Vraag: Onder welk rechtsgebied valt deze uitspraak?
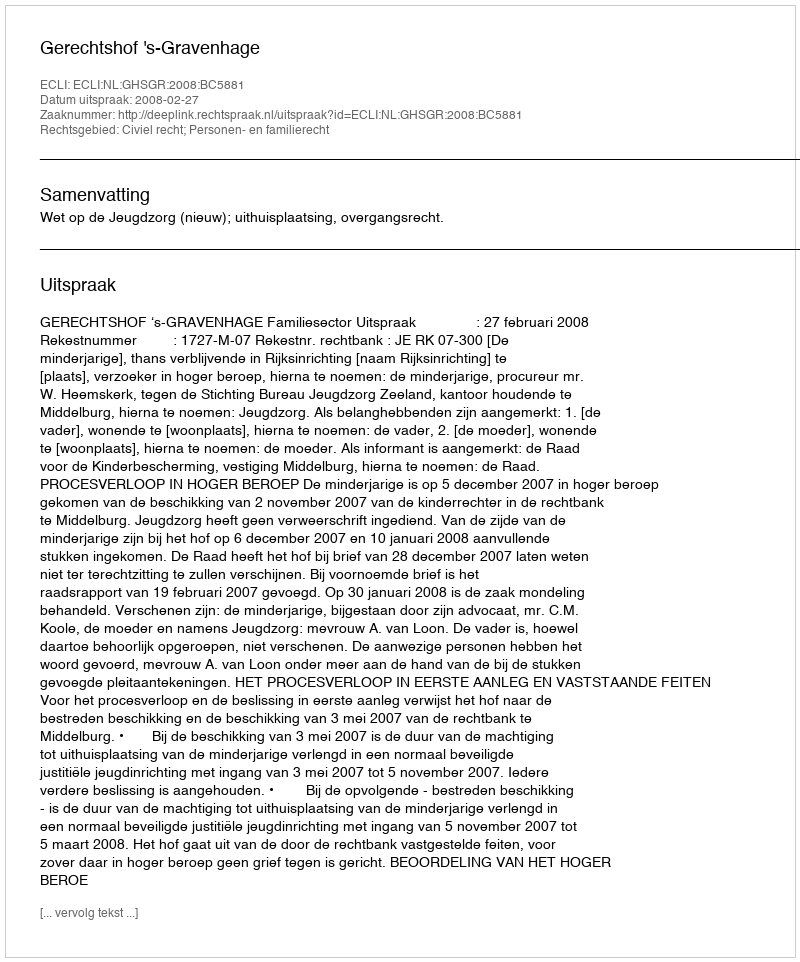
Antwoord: Civiel recht; Personen- en familierecht